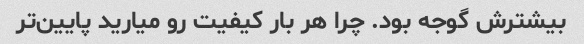
بیشترش گوجه بود. چرا هر بار کیفیت رو میارید پایین‌تر